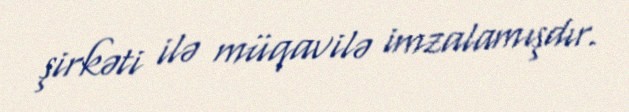
şirkəti ilə müqavilə imzalamışdır.